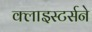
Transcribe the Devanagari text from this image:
क्लाइस्टर्सने